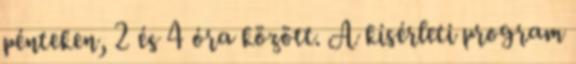
pénteken, 2 és 4 óra között. A kísérleti program